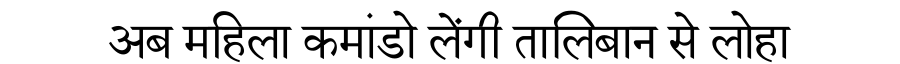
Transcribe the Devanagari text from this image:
अब महिला कमांडो लेंगी तालिबान से लोहा